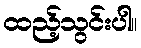
ထည့်သွင်းပါ။